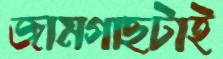
জামগাছটাই